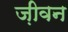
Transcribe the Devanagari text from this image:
ज़ीवन